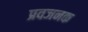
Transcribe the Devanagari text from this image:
प्रवजनक